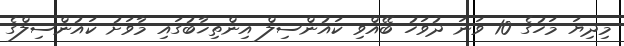
މިދިޔަ މަހުގެ 10 ވަނަ ދުވަހު ބޭއްވި ކައުންސިލް އިންތިޚާބުގައި މާވަށު ކައުންސިލްގެ